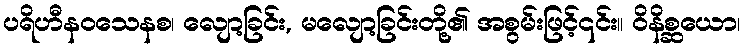
ပရိဟီနဝသေနစ၊ လျော့ခြင်း, မလျော့ခြင်းတို့၏ အစွမ်းဖြင့်၎င်း။ ဝိနိစ္ဆယော၊